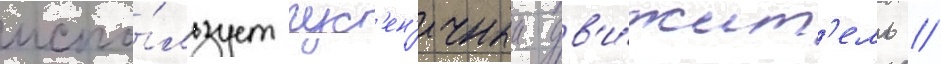
испо́льзует гус'ен'ичныи дв'и́жит'ель //